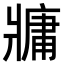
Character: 牅